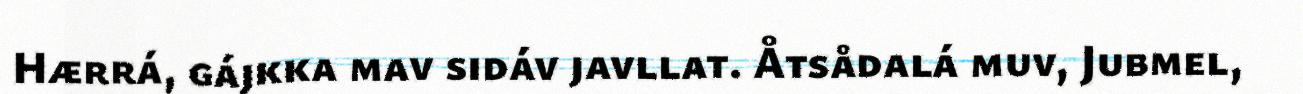
Hærrá, gájkka mav sidáv javllat. Åtsådalá muv, Jubmel,